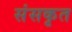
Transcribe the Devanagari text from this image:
संसकृत